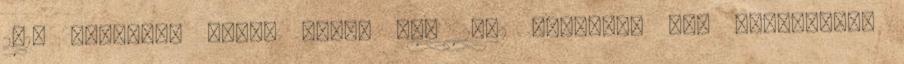
2010 Corvette Grand Sport vs. 2002 Corvette Z06 Comparison